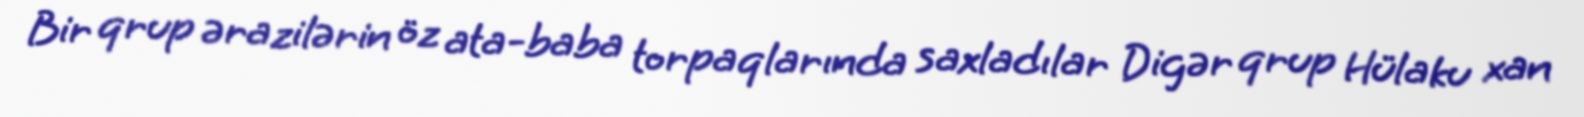
Bir qrup ərazilərin öz ata-baba torpaqlarında saxladılar Digər qrup Hülaku xan